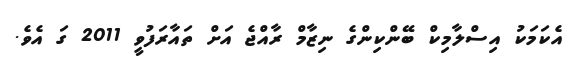
އެކަމަކު އިސްލާމިކް ބޭންކިންގެ ނިޒާމް ރާއްޖެ އަށް ތައާރަފުވީ 2011 ގަ އެވެ.